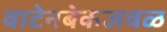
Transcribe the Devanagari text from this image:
वाटेनबेकजवळ